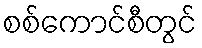
စစ်ကောင်စီတွင်